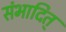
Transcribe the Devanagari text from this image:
संभादित्